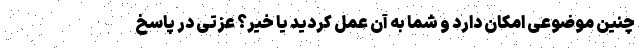
چنین موضوعی امکان دارد و شما به آن عمل کردید یا خیر؟ ‌عزتی در پاسخ